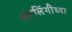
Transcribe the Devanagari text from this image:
समलिंगींच्या